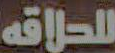
للحلاقه